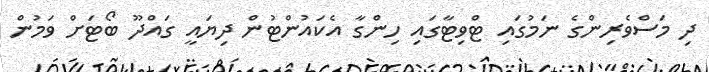
ދި މަސްވެރިންގެ ނަމުގައި ޓްވިޓާގައި ހިންގާ އެކައުންޓުން ދިޔައީ ގައްދޫ ބޯޓަށް ވަމުން